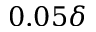
0 . 0 5 \delta